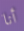
أنا